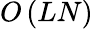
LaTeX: O\left(LN\right)